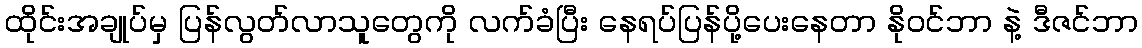
ထိုင်းအချုပ်မှ ပြန်လွတ်လာသူတွေကို လက်ခံပြီး နေရပ်ပြန်ပို့ပေးနေတာ နိုဝင်ဘာ နဲ့ ဒီဇင်ဘာ